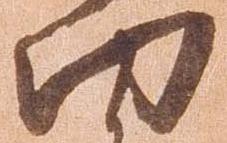
功